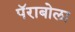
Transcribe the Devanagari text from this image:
पॅराबोला